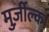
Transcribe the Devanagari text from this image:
मुर्ज़ील्का